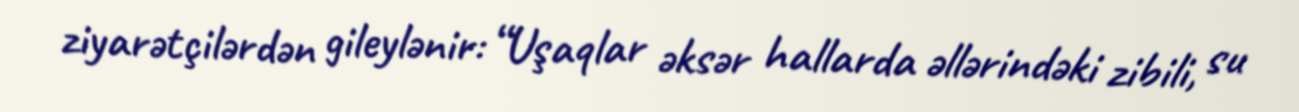
ziyarətçilərdən gileylənir: “Uşaqlar əksər hallarda əllərindəki zibili, su